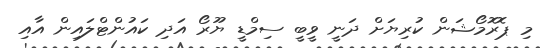
މި ޕޮރޮމޯޝަން ކުރިޔަށް ދަނީ ވީބީ ސިމްޑީ ޔޫރޯ އަދި ކައުންޓްލައިން އާއި